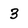
Character: 3